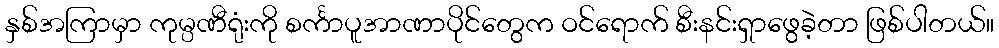
နှစ်အကြာမှာ ကုမ္ပဏီရုံးကို စင်္ကာပူအာဏာပိုင်တွေက ဝင်ရောက် စီးနင်းရှာဖွေခဲ့တာ ဖြစ်ပါတယ်။